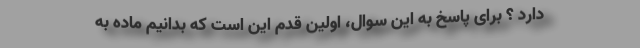
دارد ؟ برای پاسخ به این سوال، اولین قدم این است که بدانیم ماده به